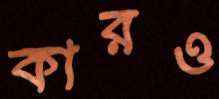
কারও